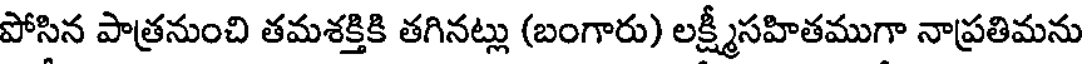
పోసిన పాత్రనుంచి తమశక్తికి తగినట్లు (బంగారు) లక్ష్మీసహితముగా నాప్రతిమను